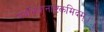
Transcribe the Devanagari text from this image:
यदभिधानाष्टकमिदम्।।